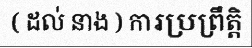
( ដល់ នាង ) ការប្រព្រឹត្តិ